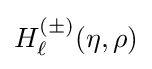
H_{\ell }^{(\pm )}(\eta ,\rho )